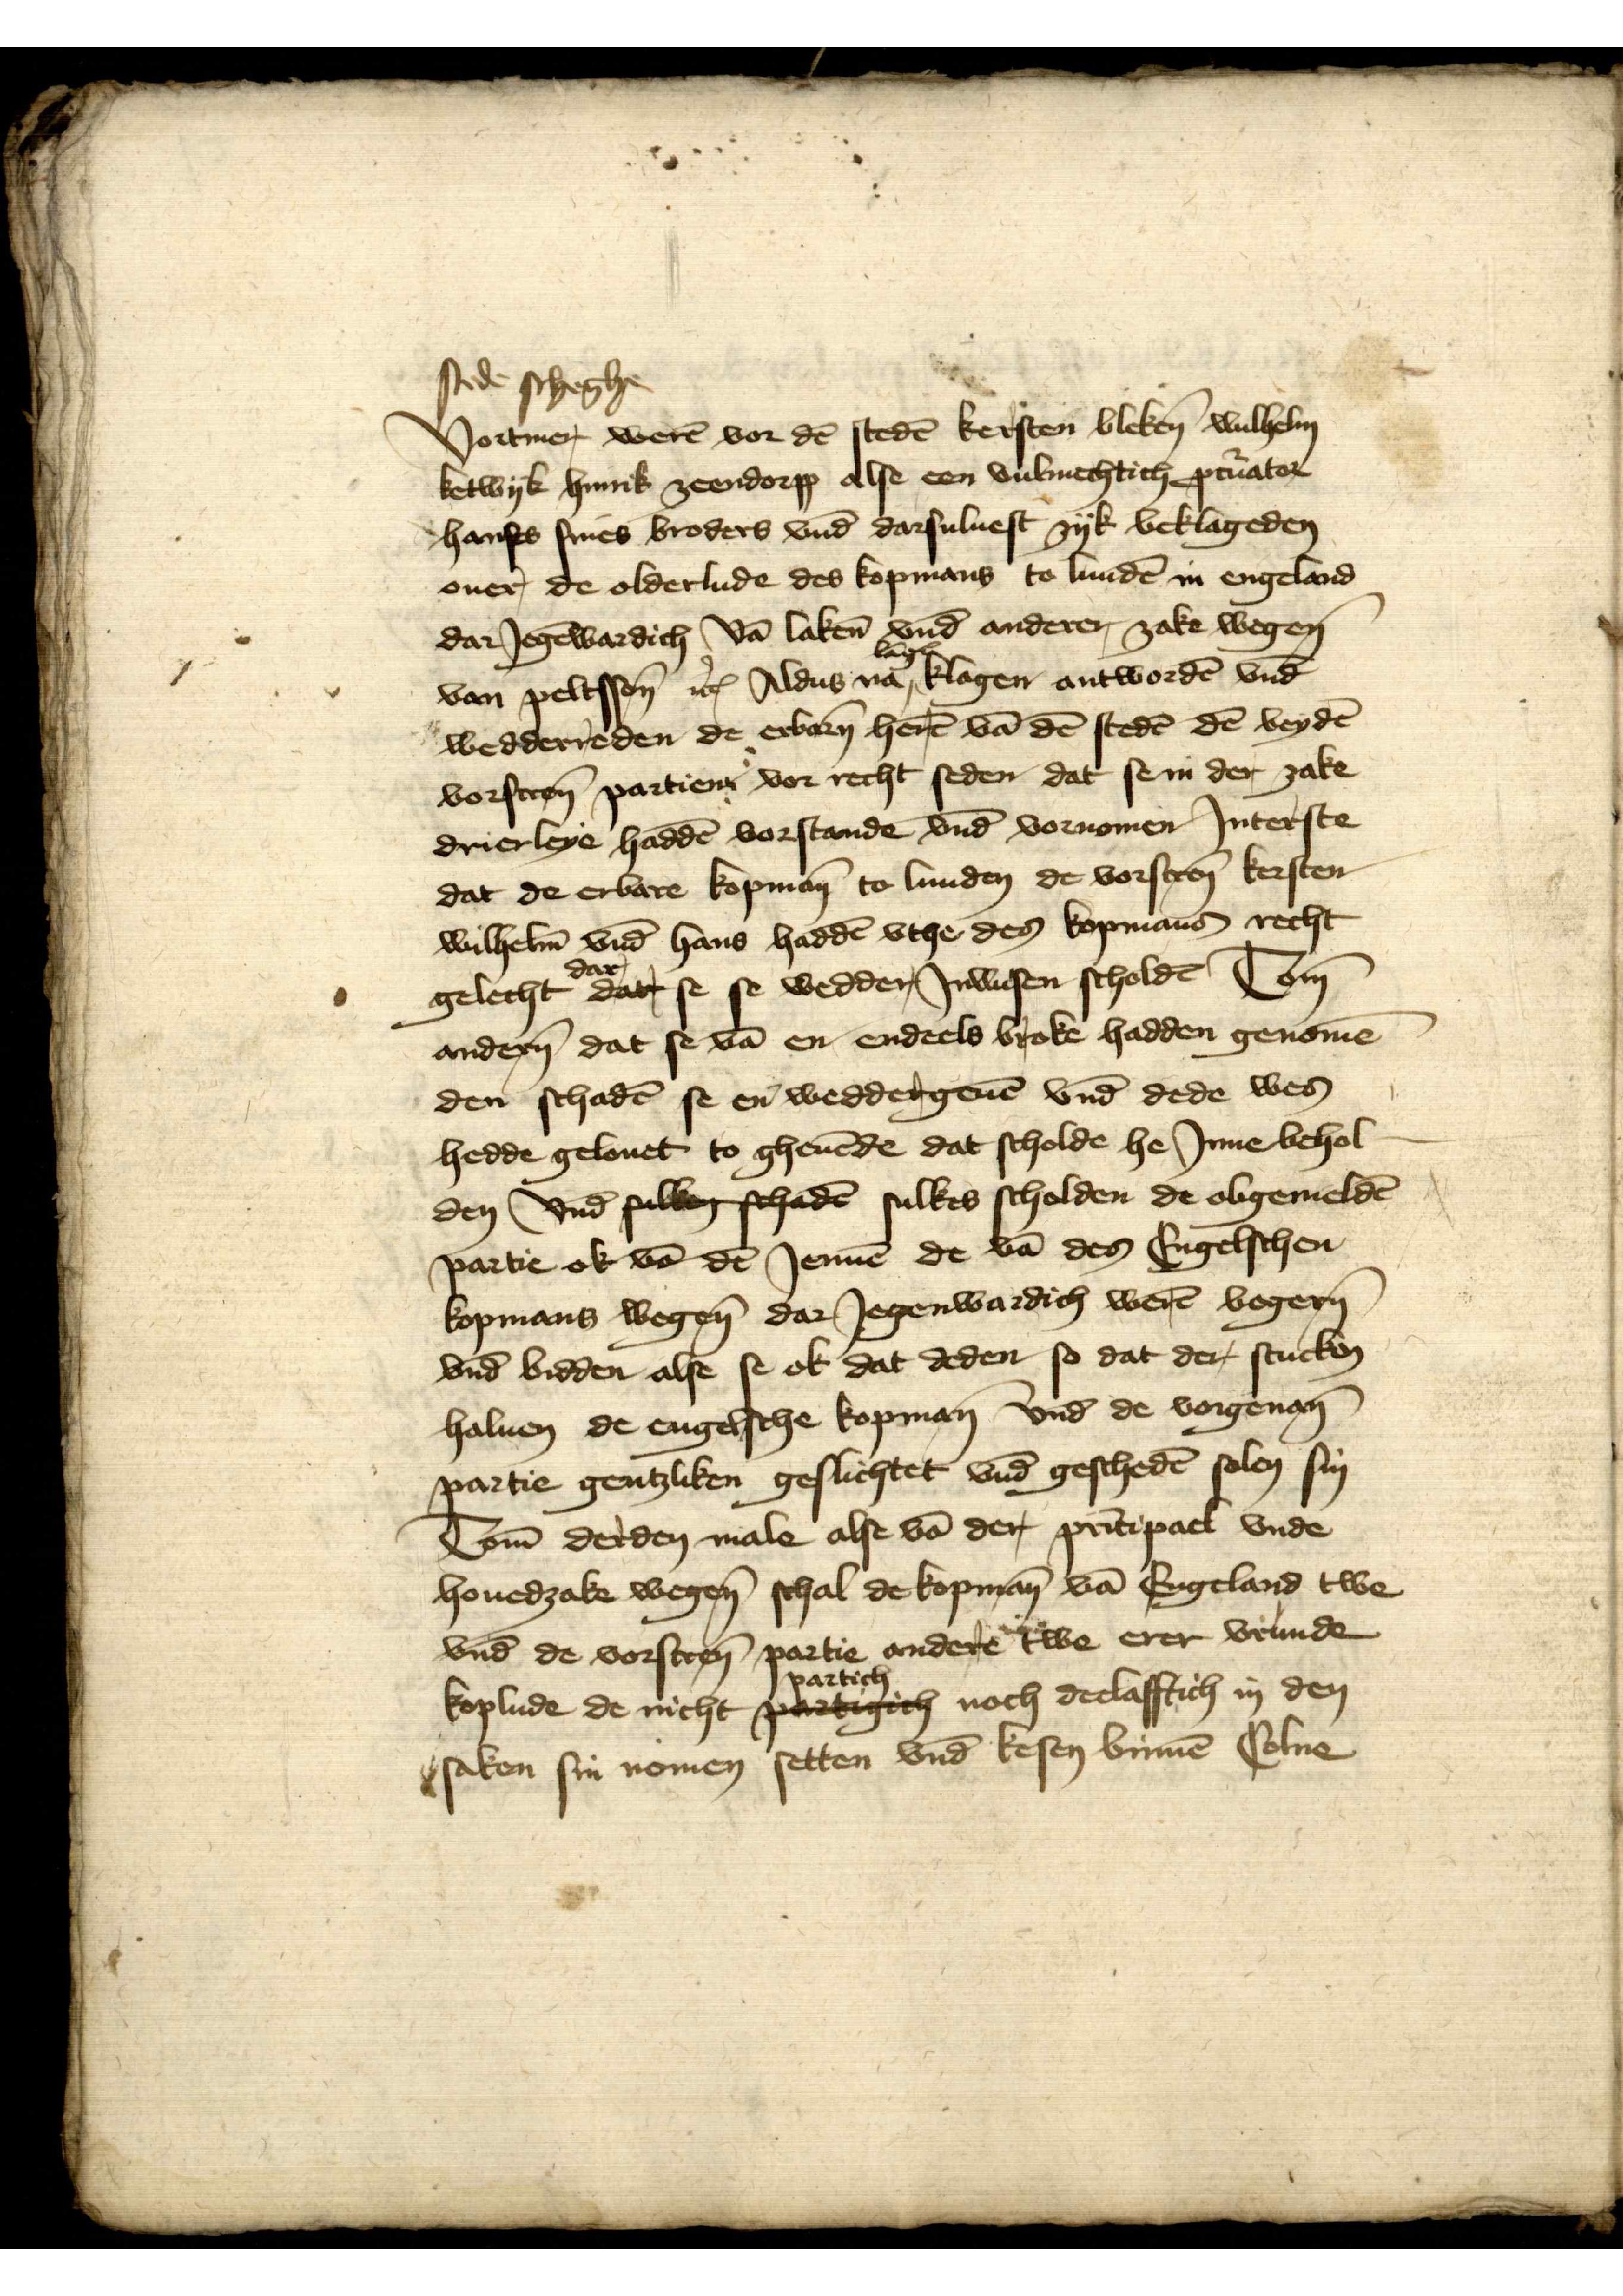
stede scheghe
Vortmer weren vor den steden Kersten Bleke Wulhelm
Ketwyk Hinrik Zeendorpp alse een vulmechtich precurator
Hanses sines broders vnd darsuluest zyk beklageden
ouer, de olderlude des kopmans to lunden in Engeland
dar Jegenwardich van laken vnd anderer zake wegen
van Peltsson etcetera Aldus nan lāgꝬ klagen antworden vnde
wedderreden de erbaren here van den steden den beyden
vorscreuen, partien vor recht seden dat se in der zake
drierleye hadden vorstanden vnd vornomen Jnterste
dat de erbare kopmann to Lunden de vorscruen Kersten
Wilhelm vnde Hans hadden vthe den kopmans recht
gelecht dar se se wedder Jnwesen scholden, Tome
anderen, dat se van en endeels broke hadden genomen
den schaden se en weddergeuen vnd dede wes
hedde gelouet to gheuende dat scholde he Jnne behol¬
den vnd sulbeg schaden sulkes scholden de obgemelden
partie ok van den Jenne de van den Engelschen
kopmans wegeNE dar Jegenwardich weren begerEN 
vnd bidden alse se ok dat deden, so dat der Stucken
haluen de engelsche kopman vnd de vorgenante
partie gentzliken geslichtet vnde gescheden solen sin
Tom derden male alse van der principael vnde
houedzake wegen, schal de kopman van Engeland twe
vnde de vorscreuen, partie anderen twe erer vrunde
koplude de nicht partich noch deelafftich in den
saken sin nomen setten vnde kesen bynnen Colne